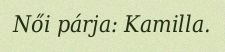
Női párja: Kamilla.